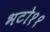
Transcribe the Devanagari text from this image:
भटो११